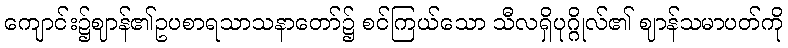
ကျောင်း၌ဈာန်၏ဥပစာရသာသနာတော်၌ စင်ကြယ်သော သီလရှိပုဂ္ဂိုလ်၏ ဈာန်သမာပတ်ကို